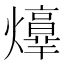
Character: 𤑴